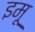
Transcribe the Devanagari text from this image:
इमू